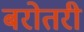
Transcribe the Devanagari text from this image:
बरोतरी